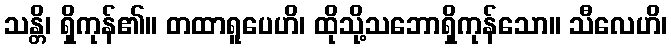
သန္တိ၊ ရှိကုန်၏။ တထာရူပေဟိ၊ ထိုသို့သဘောရှိကုန်သော။ သီလေဟိ၊